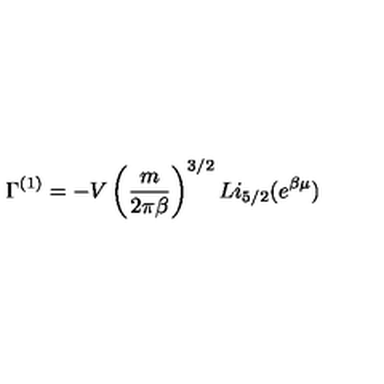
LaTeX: \Gamma ^ { ( 1 ) } = - V \left( \frac { m } { 2 \pi \beta } \right) ^ { 3 / 2 } L i _ { 5 / 2 } ( e ^ { \beta \mu } )